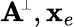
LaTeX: {\mathbf A}\! ^{{\scriptscriptstyle\perp}},{\mathbf x}_{e}